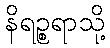
နိရဉ္စရာသို့